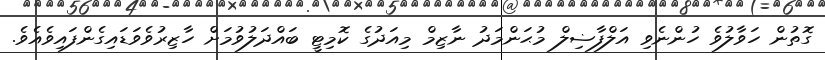
ގޮތުން ހަވާލުވެ ހުންނެވި އަލްފާޟިލް މުޙަންމަދު ނާޒިމް މިއަދުގެ ކޮމިޓީ ބައްދަލުވުމަށް ހާޒިރުވެވަޑައިގެންފައިވެއެވެ.